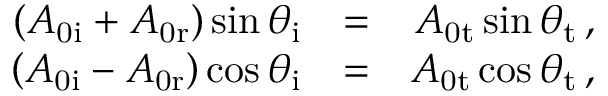
\begin{array} { r l r } { \left( A _ { \mathrm { 0 i } } + A _ { \mathrm { 0 r } } \right) \sin \theta _ { \mathrm { i } } } & { = } & { A _ { \mathrm { 0 t } } \sin \theta _ { \mathrm { t } } \, , } \\ { \left( A _ { \mathrm { 0 i } } - A _ { \mathrm { 0 r } } \right) \cos \theta _ { \mathrm { i } } } & { = } & { A _ { \mathrm { 0 t } } \cos \theta _ { \mathrm { t } } \, , } \end{array}